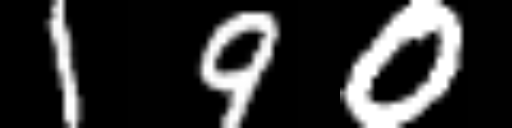
Text: 190